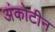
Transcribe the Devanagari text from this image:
अंकोटीन